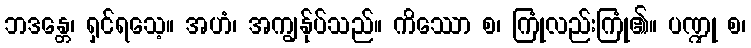
ဘဒန္တေ၊ ရှင်ရသေ့။ အဟံ၊ အကျွန်ုပ်သည်။ ကိဿော စ၊ ကြုံလည်းကြုံ၏။ ပဏ္ဍု စ၊